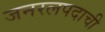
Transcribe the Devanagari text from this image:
जनरलपदाची